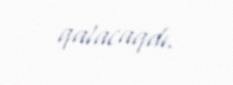
qalacaqdı.